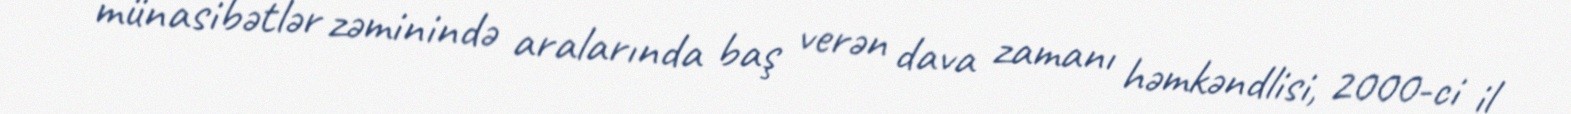
münasibətlər zəminində aralarında baş verən dava zamanı həmkəndlisi, 2000-ci il